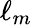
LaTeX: \ell_{m}